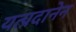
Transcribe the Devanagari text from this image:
यत्प्रदानेन